Annual administration report of the Civil Veterinary Department of India - 1897-1898
Year: 1897
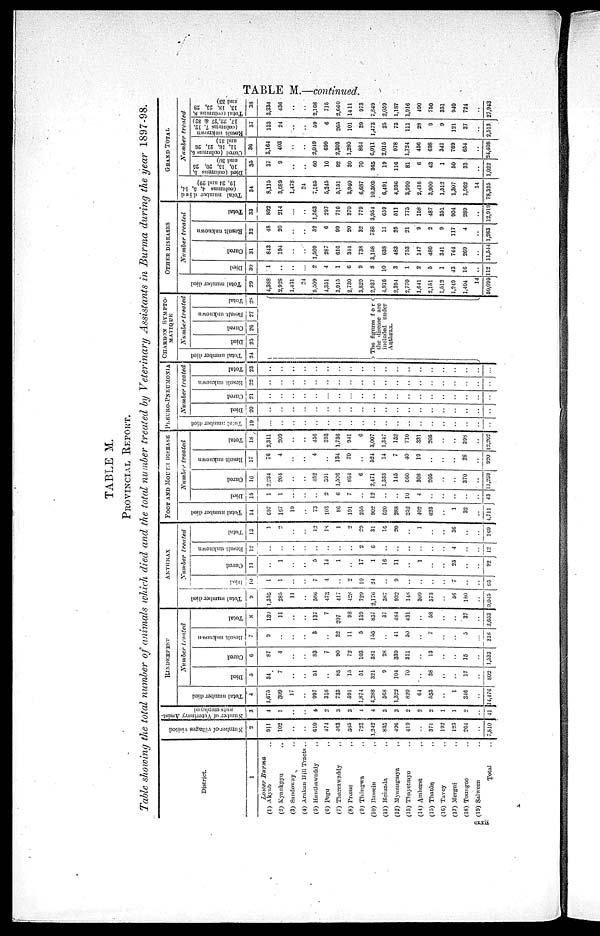
TABLE M.—continued.
TABLE M.
PROVINCIAL REPORT.
Table showing the total number of animals which died and the total number treated by Veterinary Assistants in Burma during the year 1897-98.
District.
1
Lower Burma
(1) Akyab ..
(2) Kyaukpyu ..
(3) Sandoway ..
(4) Arakan Hill Tracts ..
(5) Hauthawaddy
..
(6) Pegu
..
(7) Tharrawaddy ..
(8) Prome ..
(9) Thôngwa ..
(10) Bassein ..
(11) Henzada ..
(12) Mvaungmya
..
(13) Thayetmyo ..
(14) Amherst ..
(15) Thatôn ..
(16) Tavoy ..
(17) Mergui ..
(18) Toungoo ..
(19) Salween ..
Total ..
Number
of villages visited
2
911
102
..
..
610
474
463
585
723
1,242
835
496
419
..
371
192
123
264
..
7,810
Number of Vterinatry Assis-
stants employed
3
4
1
..
..
4
2
3
3
4
4
3
3
2
2
2
1
1
2
..
41
RINDERPEST
Total number died
4
1,675
309
17
..
997
318
733
591
1,874
4,288
568
1,322
820
64..
553
..
1
346
..
14,476
Number
treated
Died
5
34
7
..
..
51
..
85
15
51
321
9
104
70
..
38
..
..
17
..
802
Cured
6
87
4
..
..
83
7
90
72
103
381
28
339
311
..
13
..
15
..
1,533
Result unknown
7
9
..
..
..
3
..
32
11
5
155
..
41
50
..
7
..
5
..
318
Total
8
130
11
..
..
137
7
207
93
159
857
37
484
431
..
58
..
37
..
2,653
ANTHERAX
Total number died
9
1,355
285
11
..
586
473
417
428
729
2,170
387
932
148
309
573
..
56
180
..
9,045
Number
treated
Died
10
1
1
..
..
7
4
..
2
10
24
..
9
..
..
..
..
7
..
..
05
Cured
11
..
1
..
..
5
14
1
..
17
1
16
11
..
1
..
..
25
..
..
92
Result unknown
12
..
..
..
..
..
..
..
..
2
6
..
..
..
..
..
..
4
..
..
12
Total
13
1
2
..
..
12
18
1
2
29
31
16
20
..
1
..
..
36
..
..
169
FOOT AND MOUTH DISEASE
Total number died
14
697
107
19
..
73
103
86
191
255
902
620
288
252
402
623
..
1
32
..
4,711
Died
15
1
1
..
..
2
6
7
..
12
..
..
10
4
..
..
..
..
..
43
Number
treated
Cured
16
2,234
204
..
..
452
391
1,596
864
6
2,471
1,333
145
660
308
205
..
..
370
..
11,239
Result unknown
17
76
4
..
..
4
..
134
70
..
524
14
7
40
19
..
..
..
28
..
920
Total
18
2,311
209
..
..
456
393
1,736
941
6
3,007
1,347
152
710
331
205
..
..
398
..
12,202
PLEURO-PNEUMONIA
Total number died
19
..
..
..
..
..
..
..
..
..
..
..
.. ..
..
..
..
..
..
..
..
Number
treated
Died
20
..
..
..
..
..
..
..
..
..
..
..
.. ..
..
..
..
..
..
..
..
..
Cured
21
..
..
..
..
..
..
..
..
..
..
..
..
..
..
..
..
..
..
..
..
Result unknown
22
..
..
..
..
..
..
..
..
..
..
..
..
..
..
..
..
..
..
..
Total
23
..
..
..
..
..
..
..
..
..
..
..
..
..
..
..
..
..
..
..
..
CHARBON SYMPTO-
MATIQUE
Tot al number died
24
Number
treated
Died
25
Cured
26
Result
unknown
Total
28
The figures for
the disease are
included under
Anthrax.
OTHER DISEASES
Tot al number di ed
29
4,388
2,928
1,431
24
5,509
4,351
3,915
2,730
3,829
2,937
4,916
2,394
2,770
1,641
2,151
1,512
1,249
1,404
14
50,093
Number
treated
Died
30
1
..
..
..
2
4
1
6
9
8
10
3
1
2
5
1
43
16
..
112
Cured
31
843
194
..
..
1,509
287
616
344
738
3,158
638
483
753
147
480
341
744
269
..
11,544
Result unknown
32
48
20
..
..
52
6
99
20
32
788
11
25
21
9
2
9
117
4
..
1,263
Total
33
892
214
..
..
1,563
297
710
370
779
3,954
659
511
775
158
487
351
904
289
..
12,919
GRAND TOTAL
Total number died
(columns 4, 5, 14,
19, 24 and 29)
34
8,115
3,689
1.478
24
7,165
5,245
5,151
3,940
6,687
10,303
6,491
4,936
3,090
2,416
3,900
1,512
1,307
1,962
14
78,325
Number
treated
Died (columns 5,
10, 15, 20, 25
and 30)
35
37
9
..
..
60
10
92
30
70
365
19
116
81
6
43
1
50
33
..
1,022
Cured (columns 6,
11, 16,
21, 26
and 31)
36
3,164
403
..
..
2,049
699
2,303
1.280
864
6,011
2,015
978
1,724
456
698
341
769
654
..
24,408
Result unknown
(columns 7, 12,
17, 22, 27 & 32)
37
133
24
..
..
59
6
265
101
39
1,473
25
73
111
28
9
9
121
37
..
2,513
Total (columns 8,
13, 18, 23, 28
38
3,334
436
..
..
2,168
715
2,660
1411
973
7,849
2,059
1,187
1,916
490
750
351
940
724
..
27,943
cxxii